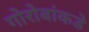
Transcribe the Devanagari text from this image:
गोरोबांकडे